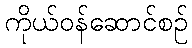
ကိုယ်ဝန်ဆောင်စဉ်